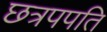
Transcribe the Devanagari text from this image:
छत्रपपति